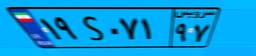
۱۹S۰۷۱۹۷